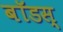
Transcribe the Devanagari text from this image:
बॉडस्